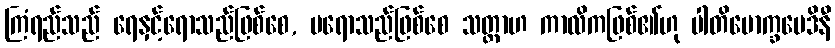
ကြံရည်သည် ရေနှင့်ရောသည်ဖြစ်စေ, မရောသည်ဖြစ်စေ သတ္တာဟ ကာလိကဖြစ်၏ဟု ပါတိမောက္ခမေဒိနီ